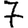
Digit: 7